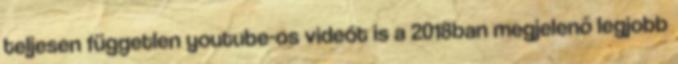
teljesen független youtube-os videót is a 2018ban megjelenő legjobb